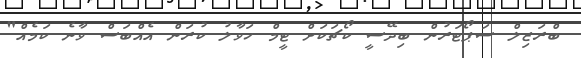
ބްރަޒިލް ސަޕޯޓަރުން ބިދޭސީ ކޯޗަކަށް ޓީމް ހަވާލު ކުރަން އެއްބަސް ވާނެ ކަމެއް"